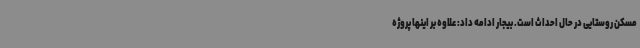
مسکن روستایی در حال احداث است. بیجار ادامه داد: علاوه بر اینها پروژه